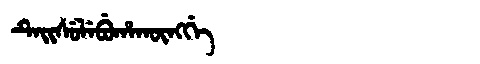
Manchu: ᡨᡝᡳᠰᡠᠯᡝᠪᡠᡥᠠᡴᡡᠩᡤᡝ
Romanization: TEISULEBUHAKŪNGGE